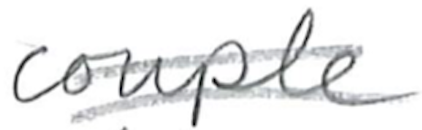
Text: couple
Cross-out: double-line
Writing tool: pencil